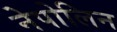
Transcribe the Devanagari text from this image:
नेपोलिन